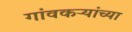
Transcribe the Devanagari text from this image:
गांवकऱ्यांच्या